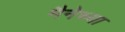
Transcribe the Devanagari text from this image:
मैनेच्या